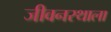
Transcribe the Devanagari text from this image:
जीवनरथाला